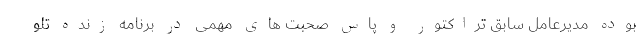
بوده مدیرعامل سابق تراکتور و پاس صحبت های مهمی در برنامه زنده تلو